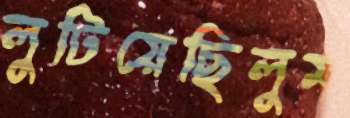
লুটিয়েছিলুম